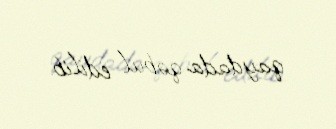
qaydada qəbul edilib.